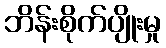
ဘိန်းစိုက်ပျိုးမှု